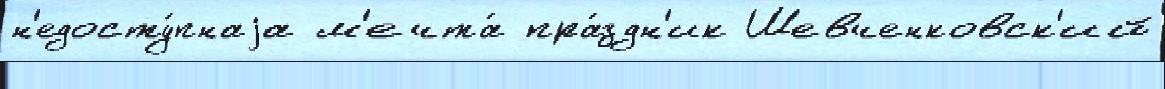
н'едосту́пнаjа м'ечта́ пра́здн'ик Шевченковск'ий